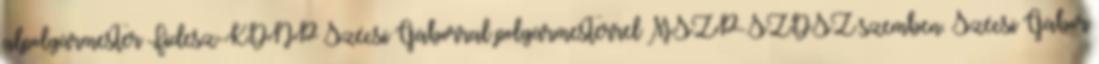
alpolgármester Fidesz-KDNP Szécsi Gáborral polgármesterrel MSZP-SZDSZ szemben. Szécsi Gábor